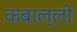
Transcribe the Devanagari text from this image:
कबाल्लो